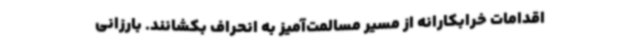
اقدامات خرابکارانه از مسیر مسالمت‌آمیز به انحراف بکشانند. بارزانی